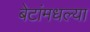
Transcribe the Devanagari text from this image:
बेटांमधल्या